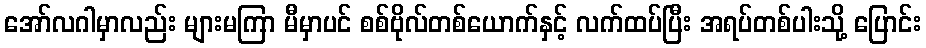
အော်လဂါမှာလည်း များမကြာ မီမှာပင် စစ်ဗိုလ်တစ်ယောက်နှင့် လက်ထပ်ပြီး အရပ်တစ်ပါးသို့ ပြောင်း